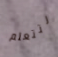
لتتعلم